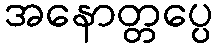
အနောတ္တပ္ပေ